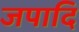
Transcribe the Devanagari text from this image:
जपादि